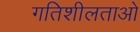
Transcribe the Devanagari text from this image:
गतिशीलताओ